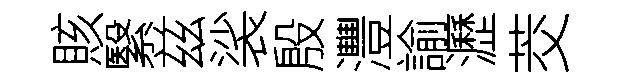
賅繄兹裟殷灃諭瀝茭